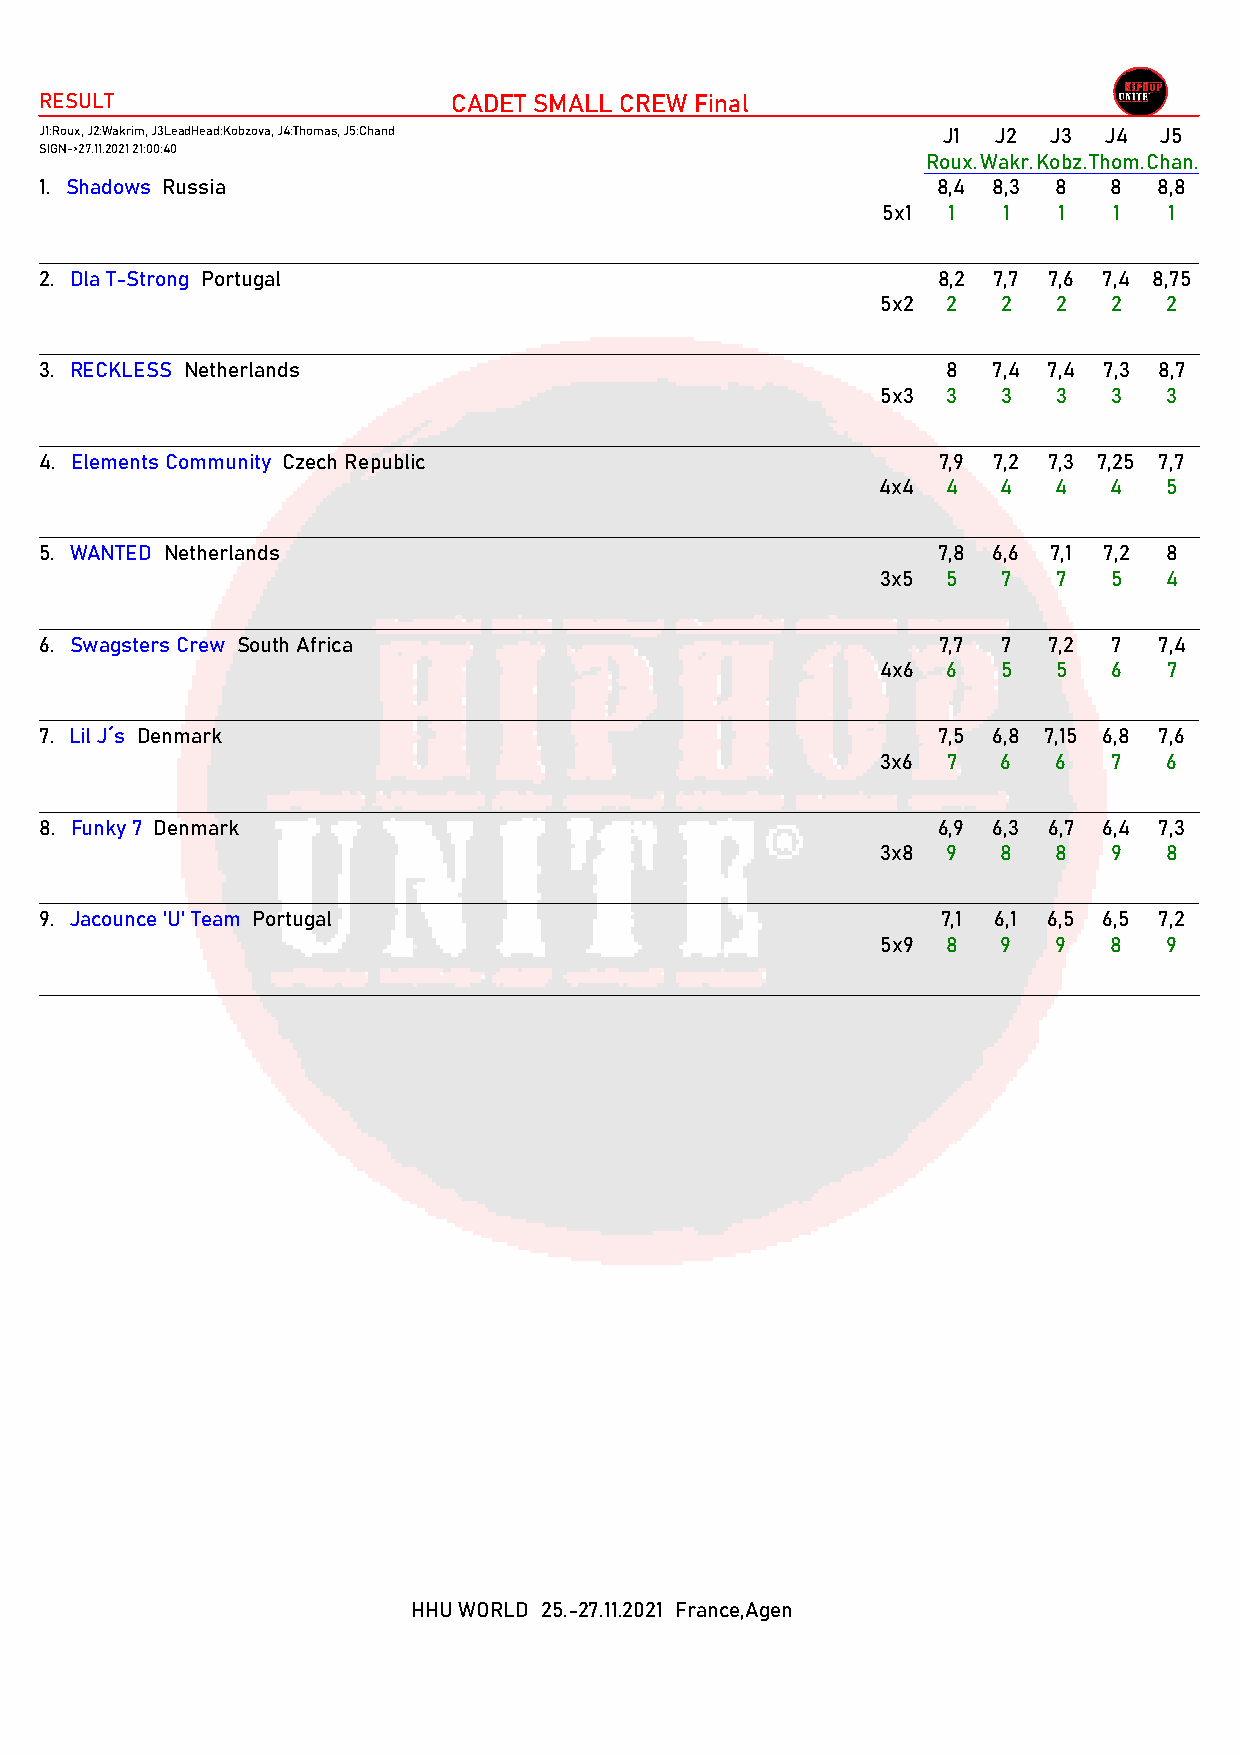
RESULT                     CADET SMALL CREW Final
 J1:Roux, J2:Wakrim, J3LeadHead:Kobzova, J4:Thomas, J5:Chand J1 J2  J3 J4  J5
 SIGN->27.11.2021 21:00:40
 Roux.Wakr.Kobz.Thom.Chan.
 1. Shadows Russia                                          8,4 8,3 8   8  8,8
 5x1  1  1   1   1  1
 2. Dla T-Strong Portugal                                   8,2 7,7 7,6 7,4 8,75
 5x2  2  2   2   2  2
 3. RECKLESS Netherlands                                     8  7,4 7,4 7,3 8,7
 5x3  3  3   3   3  3
 4. Elements Community Czech Republic                       7,9 7,2 7,3 7,25 7,7
 4x4  4  4   4   4  5
 5. WANTED Netherlands                                      7,8 6,6 7,1 7,2 8
 3x5  5  7   7   5  4
 6. Swagsters Crew South Africa                             7,7 7  7,2  7  7,4
 4x6  6  5   5   6  7
 7. Lil J´s Denmark                                         7,5 6,8 7,15 6,8 7,6
 3x6  7  6   6   7  6
 8. Funky 7 Denmark                                         6,9 6,3 6,7 6,4 7,3
 3x8  9  8   8   9  8
 9. Jacounce 'U' Team Portugal                              7,1 6,1 6,5 6,5 7,2
 5x9  8  9   9   8  9
 HHU WORLD 25.-27.11.2021 France,Agen